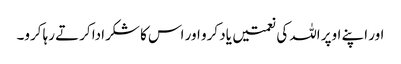
اور اپنے اوپر اللہ کی نعمتیں یاد کرو اور اس کا شکرادا کرتے رہا کرو۔